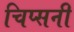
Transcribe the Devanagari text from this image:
चिप्सनी